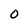
Character: 0